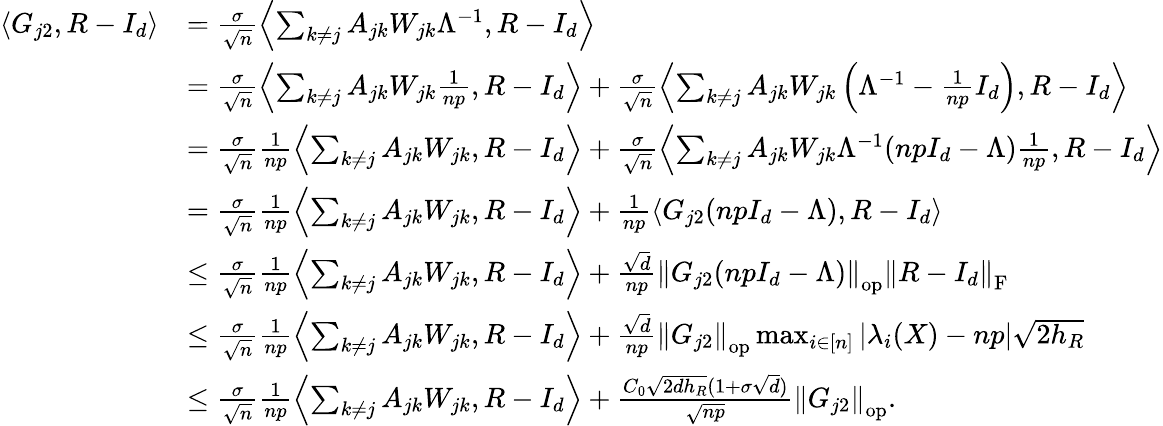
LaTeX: \begin{array}{rl}{\left\langle G_{j2},R-I_{d}\right\rangle}&{=\frac{\sigma}{\sqrt{n}}\left\langle\sum_{k\neq j}A_{jk}W_{jk}\Lambda^{-1},R-I_{d}\right\rangle}\\ &{=\frac{\sigma}{\sqrt{n}}\left\langle\sum_{k\neq j}A_{jk}W_{jk}\frac{1}{np},R-I_{d}\right\rangle+\frac{\sigma}{\sqrt{n}}\left\langle\sum_{k\neq j}A_{jk}W_{jk}\left(\Lambda^{-1}-\frac{1}{np}I_{d}\right),R-I_{d}\right\rangle}\\ &{=\frac{\sigma}{\sqrt{n}}\frac{1}{np}\left\langle\sum_{k\neq j}A_{jk}W_{jk},R-I_{d}\right\rangle+\frac{\sigma}{\sqrt{n}}\left\langle\sum_{k\neq j}A_{jk}W_{jk}\Lambda^{-1}(npI_{d}-\Lambda)\frac{1}{np},R-I_{d}\right\rangle}\\ &{=\frac{\sigma}{\sqrt{n}}\frac{1}{np}\left\langle\sum_{k\neq j}A_{jk}W_{jk},R-I_{d}\right\rangle+\frac{1}{np}\left\langle G_{j2}(npI_{d}-\Lambda),R-I_{d}\right\rangle}\\ &{\leq\frac{\sigma}{\sqrt{n}}\frac{1}{np}\left\langle\sum_{k\neq j}A_{jk}W_{jk},R-I_{d}\right\rangle+\frac{\sqrt{d}}{np}\left\| {G_{j2}(npI_{d}-\Lambda)}\right\| _{\mathrm{op}}\left\| {R-I_{d}}\right\| _{\mathrm{F}}}\\ &{\leq\frac{\sigma}{\sqrt{n}}\frac{1}{np}\left\langle\sum_{k\neq j}A_{jk}W_{jk},R-I_{d}\right\rangle+\frac{\sqrt{d}}{np}\left\| {G_{j2}}\right\| _{\mathrm{op}}\operatorname*{max}_{i\in[n]}\left|\lambda_{i}(X)-np\right|\sqrt{2h_{R}}}\\ &{\leq\frac{\sigma}{\sqrt{n}}\frac{1}{np}\left\langle\sum_{k\neq j}A_{jk}W_{jk},R-I_{d}\right\rangle+\frac{C_{0}\sqrt{2dh_{R}}(1+\sigma\sqrt{d})}{\sqrt{np}}\left\| {G_{j2}}\right\| _{\mathrm{op}}.}\end{array}